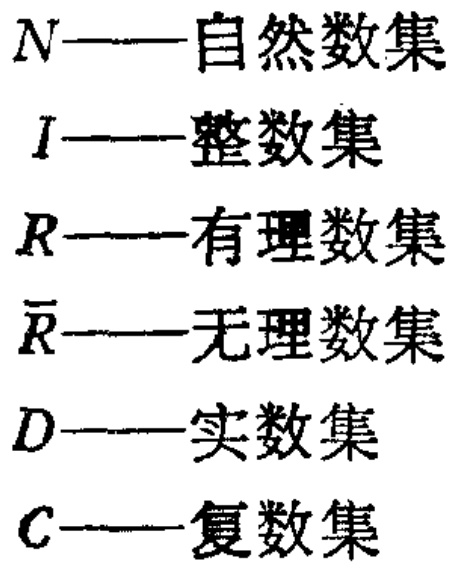
$N$——自然数集

$I$——整数集

$R$——有理数集

$\overline{R}$——无理数集

$D$——实数集

$C$——复数集